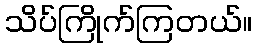
သိပ်ကြိုက်ကြတယ်။